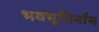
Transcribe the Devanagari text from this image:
भवभूतिर्नाम